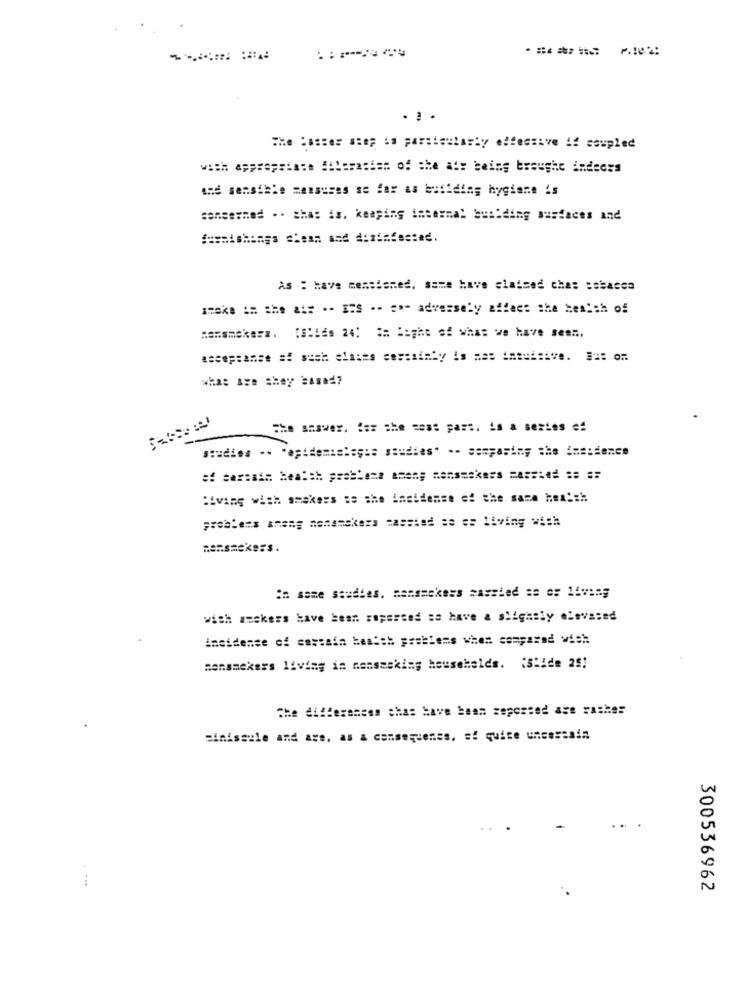
. ..
with appropriate #flerasten of the af: being brought indeces
and sensible measures se far as buliding hygiene is
sonsexmed .. sha: is. keeping internal building surfaces and
As : have mentioned, some have claimed chas :sbacca
smoke in the a .- ES -- en- adversely affect the kenich of
nonsmokerz. [Slids 24: ## light of what we have seen,
what are they based?
The answer. === = he -es: pa=s. is a sestes e!
studies .. . epidemialegis studies" -- sampasing she imsidence
:iving with amakers ss she incidense of the same health
in same studies. mansackers passied se o: living
with amckers have been supersed so have a slightly elevated
incidence of costain health problems when compared with:
mensmekers living in nensasking households. (Slide 25]
The differences chas have been seposted ase rather
miniscule and are. as a consequence, si quite uncertain
300536962